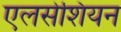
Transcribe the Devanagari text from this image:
एलसेशियन